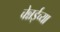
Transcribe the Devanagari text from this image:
चेन्नईच्‍या